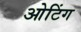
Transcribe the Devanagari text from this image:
ओटिंग